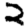
Digit: 2